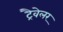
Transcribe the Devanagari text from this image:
ट्रैवेलर